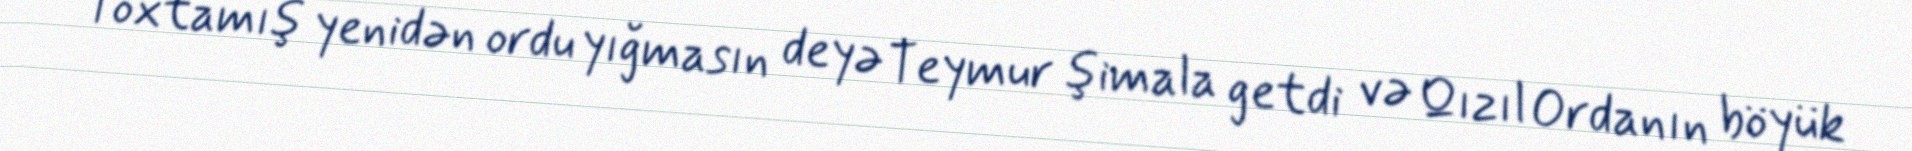
Toxtamış yenidən ordu yığmasın deyə Teymur şimala getdi və Qızıl Ordanın böyük